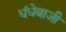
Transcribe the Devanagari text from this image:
धंधेबाजी